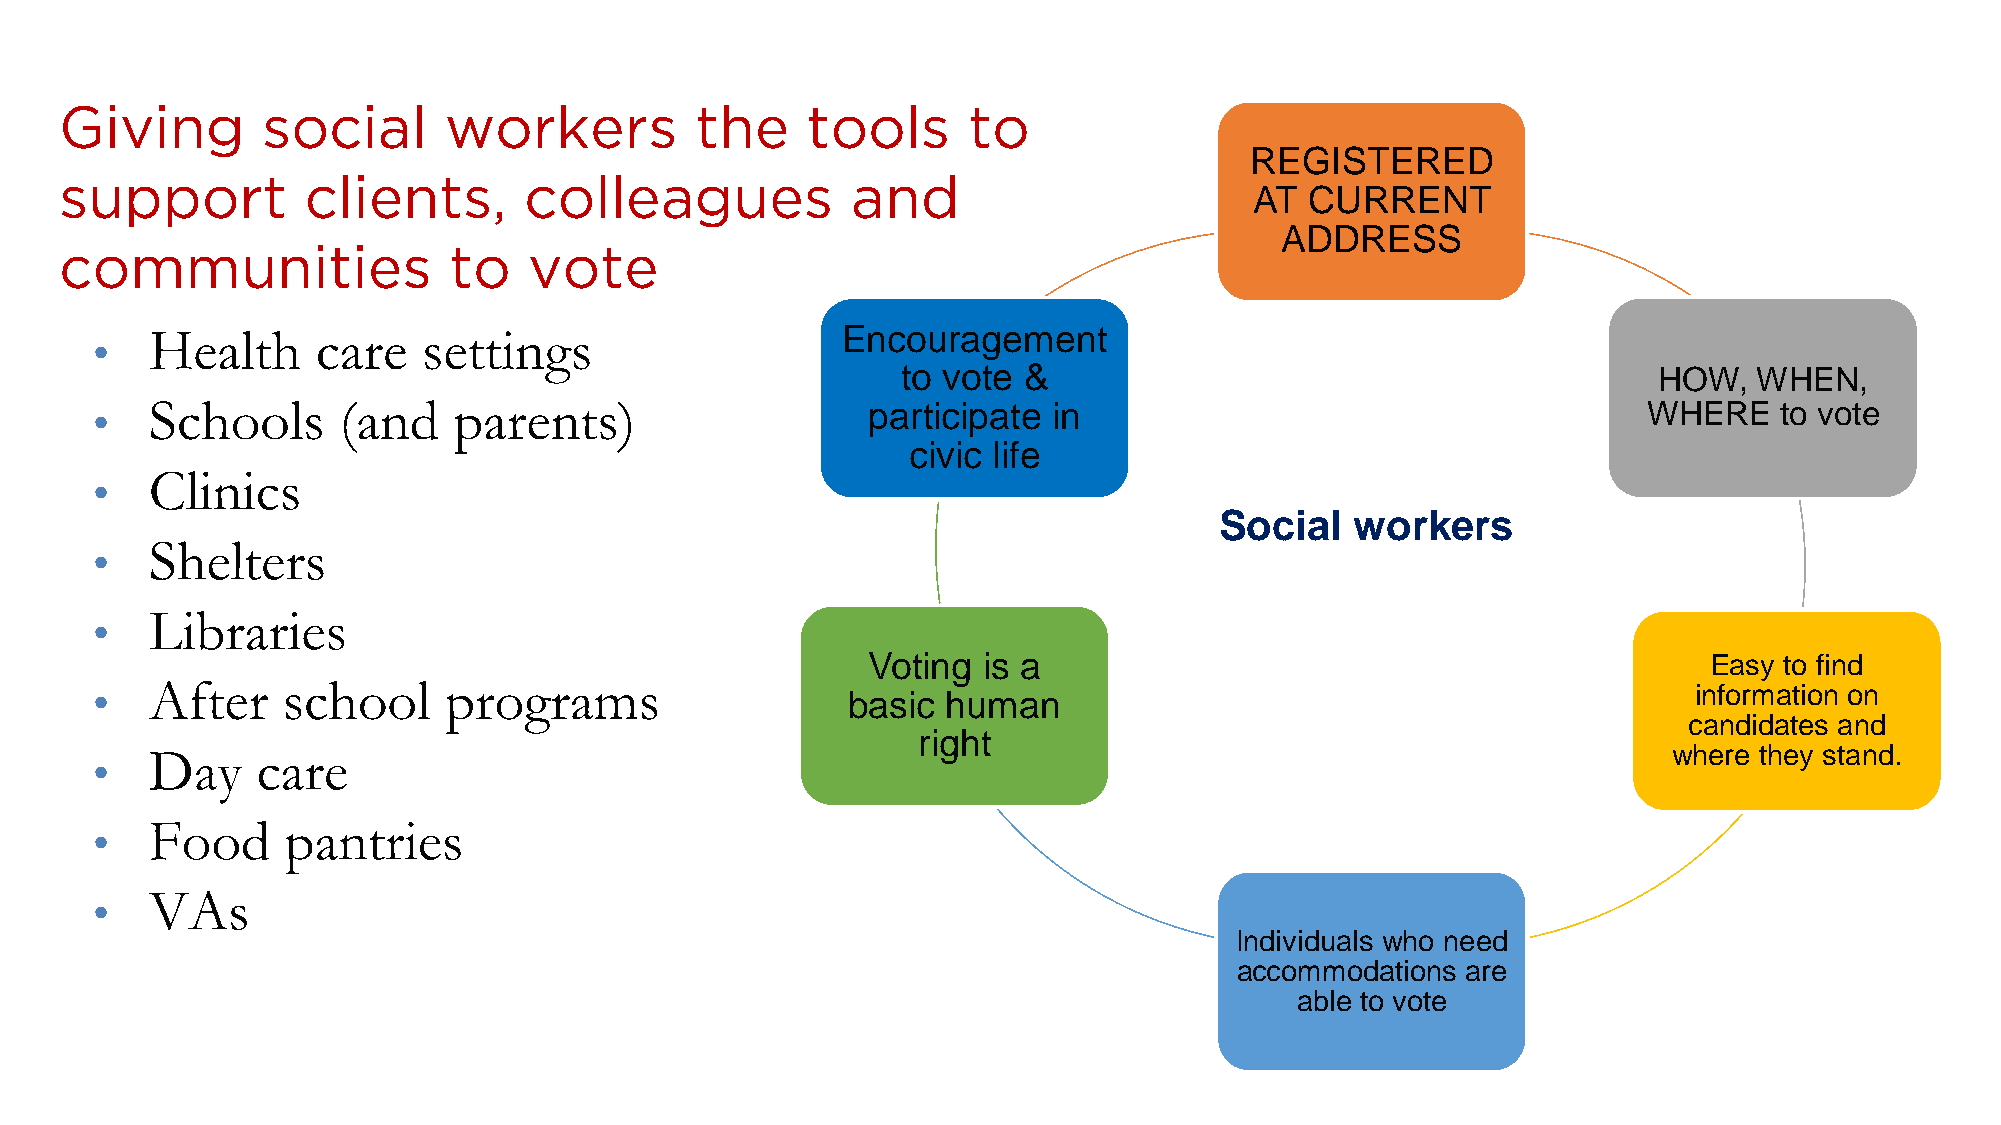
REGISTERED
 AT  CURRENT
 ADDRESS
 Health     care   settings                    Encouragement
 •
 to vote &                                         HOW,  WHEN,
 •   Schools     (and    parents)                   participate  in                                     WHERE    to vote
 civic life
 Clinics
 •
 Social   workers
 Shelters
 •
 Libraries
 •
 Voting  is a                                            Easy to find
 •   After    school    programs                   basic  human                                            information on
 candidates and
 right
 Day    care                                                                                          where they stand.
 •
 Food     pantries
 •
 VAs
 •
 Individuals who need
 accommodations are
 able to vote